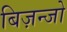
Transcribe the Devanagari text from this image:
बिज़न्जो